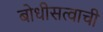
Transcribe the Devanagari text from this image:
बोधीसत्वाची